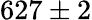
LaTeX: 627\pm 2